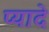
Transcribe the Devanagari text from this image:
प्‍यादे